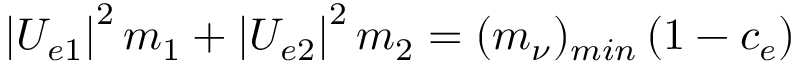
\left| U _ { e 1 } \right| ^ { 2 } m _ { 1 } + \left| U _ { e 2 } \right| ^ { 2 } m _ { 2 } = ( m _ { \nu } ) _ { m i n } \left( 1 - c _ { e } \right)